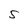
Character: S